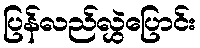
ပြန်လည်လွှဲပြောင်း